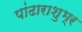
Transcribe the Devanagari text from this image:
पांढाराशुभ्र